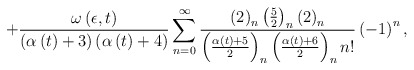
\begin{align*}+\frac{\omega \left( \epsilon ,t\right) }{\left( \alpha\left(t\right) +3\right) \left( \alpha \left( t\right) +4\right)}\sum_{n=0}^{\infty }\frac{\left( 2\right) _n\left( \frac52\right)_n\left( 2\right) _n}{\left( \frac{\alpha \left( t\right) +5}2\right)_n\left( \frac{\alpha \left( t\right) +6}2\right) _nn!}\left(-1\right) ^n,\end{align*}